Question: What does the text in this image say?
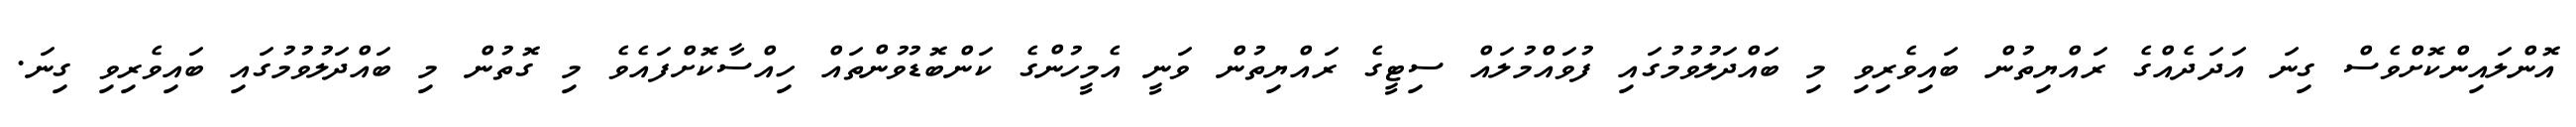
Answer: އޮންލައިންކޮށްވެސް ގިނަ އަދަދެއްގެ ރައްޔިތުން ބައިވެރިވި މި ބައްދަލުވުމުގައި ފުވައްމުލައް ސިޓީގެ ރައްޔިތުން ވަނީ އެމީހުންގެ ކަންބޮޑުވުންތައް ހިއްސާކޮށްފައެވެ މި ގޮތުން މި ބައްދަލުވުމުގައި ބައިވެރިވި ގިނަ.